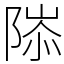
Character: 䧙